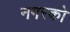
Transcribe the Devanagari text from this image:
नगरको